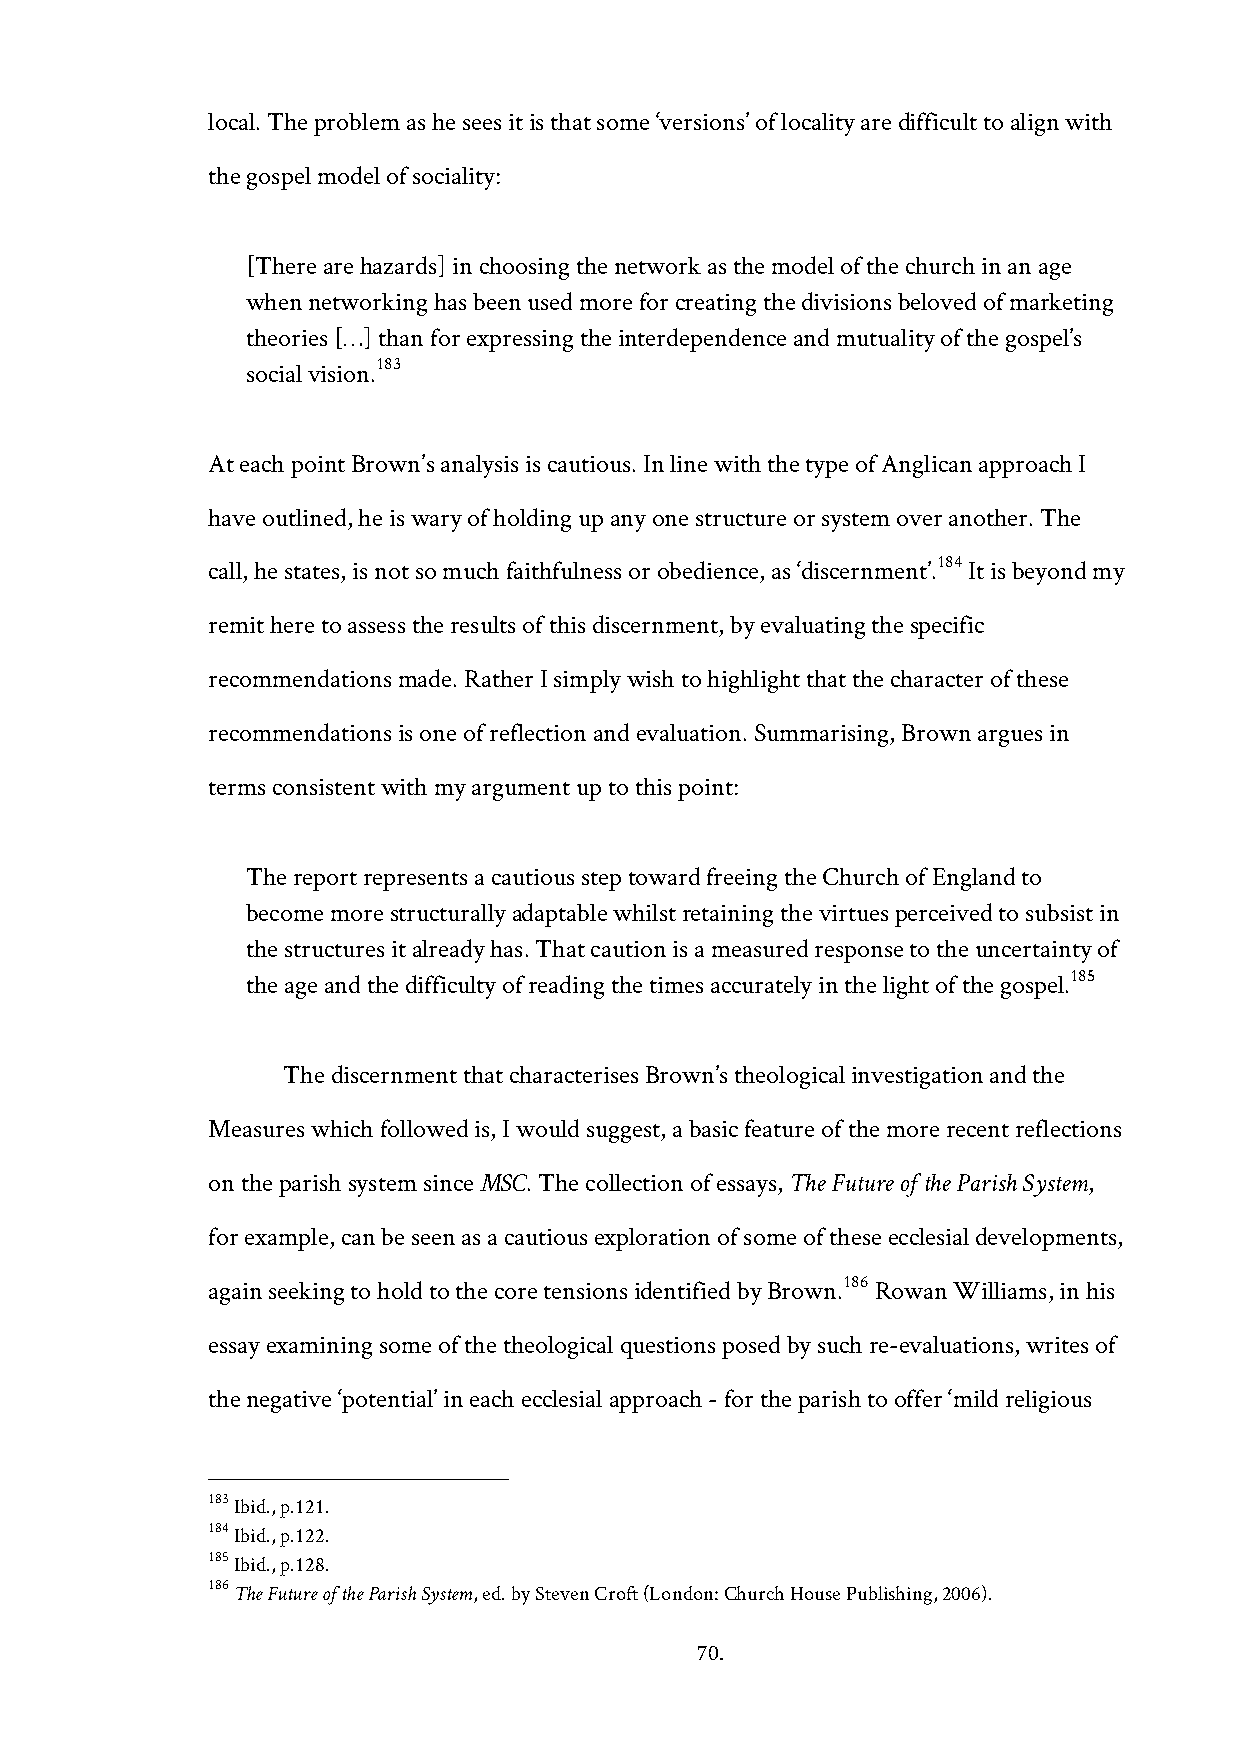
local. The problem as he sees it is that some ‘versions’ of locality are difficult to align with
 the gospel model of sociality:
 [There are hazards] in choosing the network as the model of the church in an age
 when networking has been used more for creating the divisions beloved of marketing
 theories […] than for expressing the interdependence and mutuality of the gospel’s
 183
 social vision.
 At each point Brown’s analysis is cautious. In line with the type of Anglican approach I
 have outlined, he is wary of holding up any one structure or system over another. The
 184
 call, he states, is not so much faithfulness or obedience, as ‘discernment’. It is beyond my
 remit here to assess the results of this discernment, by evaluating the specific
 recommendations made. Rather I simply wish to highlight that the character of these
 recommendations is one of reflection and evaluation. Summarising, Brown argues in
 terms consistent with my argument up to this point:
 The report represents a cautious step toward freeing the Church of England to
 become more structurally adaptable whilst retaining the virtues perceived to subsist in
 the structures it already has. That caution is a measured response to the uncertainty of
 185
 the age and the difficulty of reading the times accurately in the light of the gospel.
 The discernment that characterises Brown’s theological investigation and the
 Measures which followed is, I would suggest, a basic feature of the more recent reflections
 on the parish system since MSC. The collection of essays, The Future of the Parish System,
 for example, can be seen as a cautious exploration of some of these ecclesial developments,
 186
 again seeking to hold to the core tensions identified by Brown. Rowan Williams, in his
 essay examining some of the theological questions posed by such re-evaluations, writes of
 the negative ‘potential’ in each ecclesial approach - for the parish to offer ‘mild religious
 183 Ibid., p.121.
 184 Ibid., p.122.
 185 Ibid., p.128.
 186 The Future of the Parish System, ed. by Steven Croft (London: Church House Publishing, 2006).
 70.